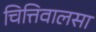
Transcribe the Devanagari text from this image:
चित्तिवालसा